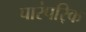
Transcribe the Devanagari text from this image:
पारंपरि्क